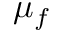
\mu _ { f }